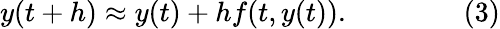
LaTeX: y(t+h)\approx y(t)+hf(t,y(t)).\qquad\qquad(3)